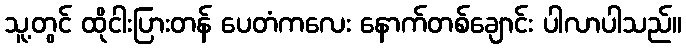
သူ့တွင် ထိုငါးပြားတန် ပေတံကလေး နောက်တစ်ချောင်း ပါလာပါသည်။